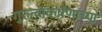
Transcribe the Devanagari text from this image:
गुरुत्वांकर्षणाच्या